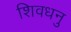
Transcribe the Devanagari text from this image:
शिवधनु